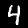
Label: 4